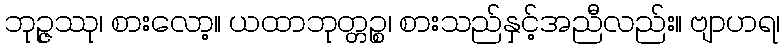
ဘုဉ္ဇဿု၊ စားလော့။ ယထာဘုတ္တဉ္စ၊ စားသည်နှင့်အညီလည်း။ ဗျာဟရ၊